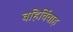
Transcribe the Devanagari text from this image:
वहिर्विवाह